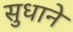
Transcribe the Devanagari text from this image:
सुधाने